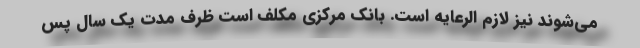
می‌شوند نیز لازم الرعایه است. بانک مرکزی مکلف است ظرف مدت یک سال پس